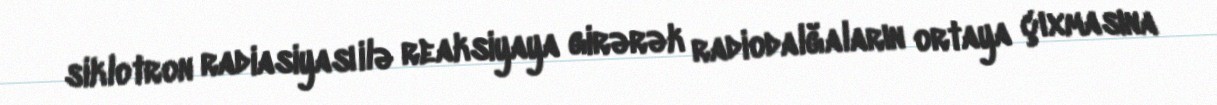
siklotron radiasiyası ilə reaksiyaya girərək radiodalğaların ortaya çıxmasına